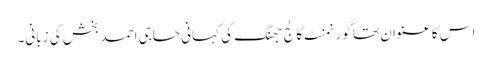
اس کا عنوان تھا گورنمنٹ کالج جھنگ کی کہانی حاجی احمد بخش کی زبانی۔